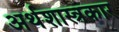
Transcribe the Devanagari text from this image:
अर्थशास्त्रकार